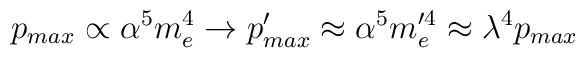
p_{max} \propto \alpha^5 m_e^4 \rightarrow p_{max}' \approx \alpha^5 m_e'^4 \approx \lambda^4 p_{max}